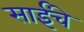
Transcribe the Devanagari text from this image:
साईंचे